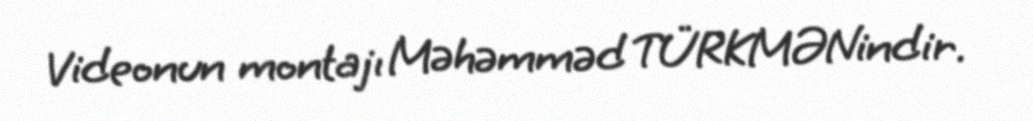
Videonun montajı Məhəmməd TÜRKMƏNindir.